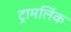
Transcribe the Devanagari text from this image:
ट्रामलिंक